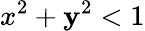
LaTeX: x^{2}+\mathbf{y}^{2}<1